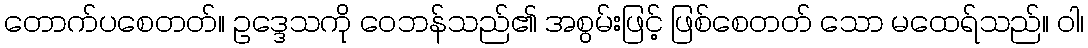
တောက်ပစေတတ်။ ဥဒ္ဒေသကို ဝေဘန်သည်၏ အစွမ်းဖြင့် ဖြစ်စေတတ် သော မထေရ်သည်။ ဝါ၊